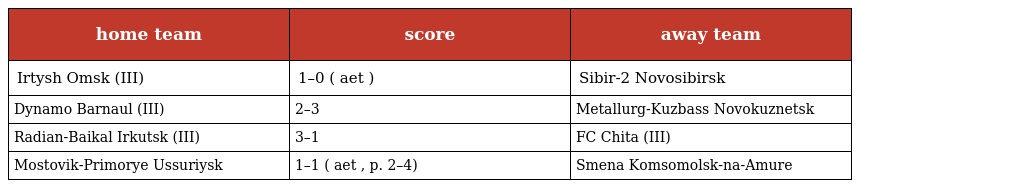
| home team | score | away team |
 | --- | --- | --- |
 | Irtysh Omsk (III) | 1–0 ( aet ) | Sibir-2 Novosibirsk |
 | Dynamo Barnaul (III) | 2–3 | Metallurg-Kuzbass Novokuznetsk |
 | Radian-Baikal Irkutsk (III) | 3–1 | FC Chita (III) |
 | Mostovik-Primorye Ussuriysk | 1–1 ( aet , p. 2–4) | Smena Komsomolsk-na-Amure |